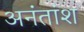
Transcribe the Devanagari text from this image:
अनंतांश